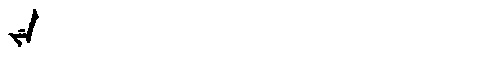
Manchu: ᠵᡝ
Romanization: JE